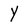
Character: Y